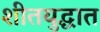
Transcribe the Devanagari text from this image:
शीतयुद्धात